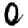
Digit: 0